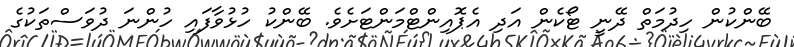
ބޭންކުން ހިދުމަތް ދޭނީ ޓޯކެން އަދި އެޕޮއިންޓްމަންޓަށެވެ. ބޭންކު ހުޅުވާފައި ހުންނަ ދުވަސްތަކުގެ